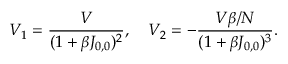
V _ { 1 } = \frac { V } { ( 1 + \beta J _ { 0 , 0 } ) ^ { 2 } } , \quad V _ { 2 } = - \frac { V \beta / N } { ( 1 + \beta J _ { 0 , 0 } ) ^ { 3 } } .